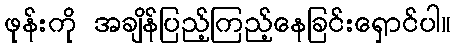
ဖုန်းကို အချိန်ပြည့်ကြည့်နေခြင်းရှောင်ပါ။